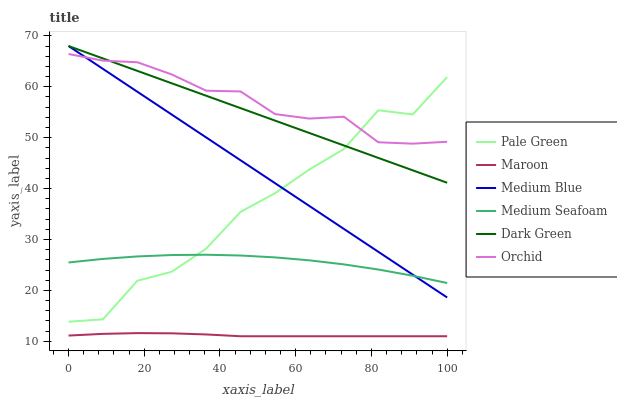
| xaxis_label | Pale Green | Maroon | Medium Blue | Medium Seafoam | Dark Green | Orchid |
 | --- | --- | --- | --- | --- | --- | --- |
 | 0 | 13.8 | 11.1 | 68 | 25.5 | 68 | 66.4 |
 | 9.09 | 14.3 | 11.5 | 63.5 | 26.2 | 65.6 | 65.1 |
 | 18.2 | 21.9 | 11.6 | 59 | 26.7 | 63.1 | 64.8 |
 | 27.3 | 23.7 | 11.6 | 54.5 | 26.9 | 60.7 | 62.4 |
 | 36.4 | 28.2 | 11.4 | 50 | 27 | 58.2 | 59.2 |
 | 45.5 | 35.4 | 11 | 45.5 | 26.9 | 55.8 | 59.1 |
 | 54.5 | 39.1 | 11 | 41.1 | 26.5 | 53.4 | 54.6 |
 | 63.6 | 43.8 | 11 | 36.6 | 25.9 | 50.9 | 53.7 |
 | 72.7 | 47.8 | 11 | 32.1 | 25.1 | 48.5 | 54.1 |
 | 81.8 | 55.4 | 11 | 27.6 | 24.1 | 46 | 49.1 |
 | 90.9 | 54.6 | 11 | 23.1 | 22.9 | 43.6 | 48.8 |
 | 100 | 61.9 | 11 | 18.6 | 21.4 | 41.1 | 49.2 |